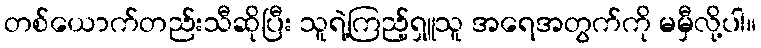
တစ်ယောက်တည်းသီဆိုပြီး သူရဲ့ကြည့်ရှူသူ အရေအတွက်ကို မမှီလို့ပါ။